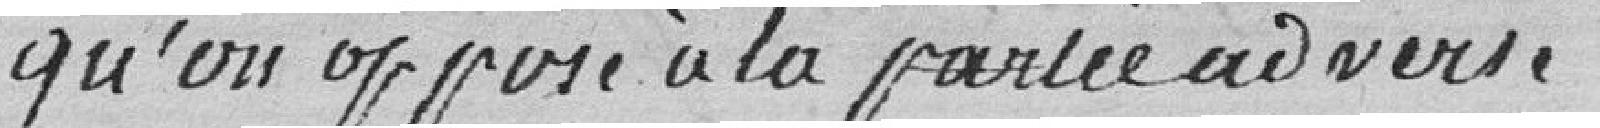
qu'on oppose à la partie adverse.